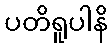
ပတိရူပါနိ